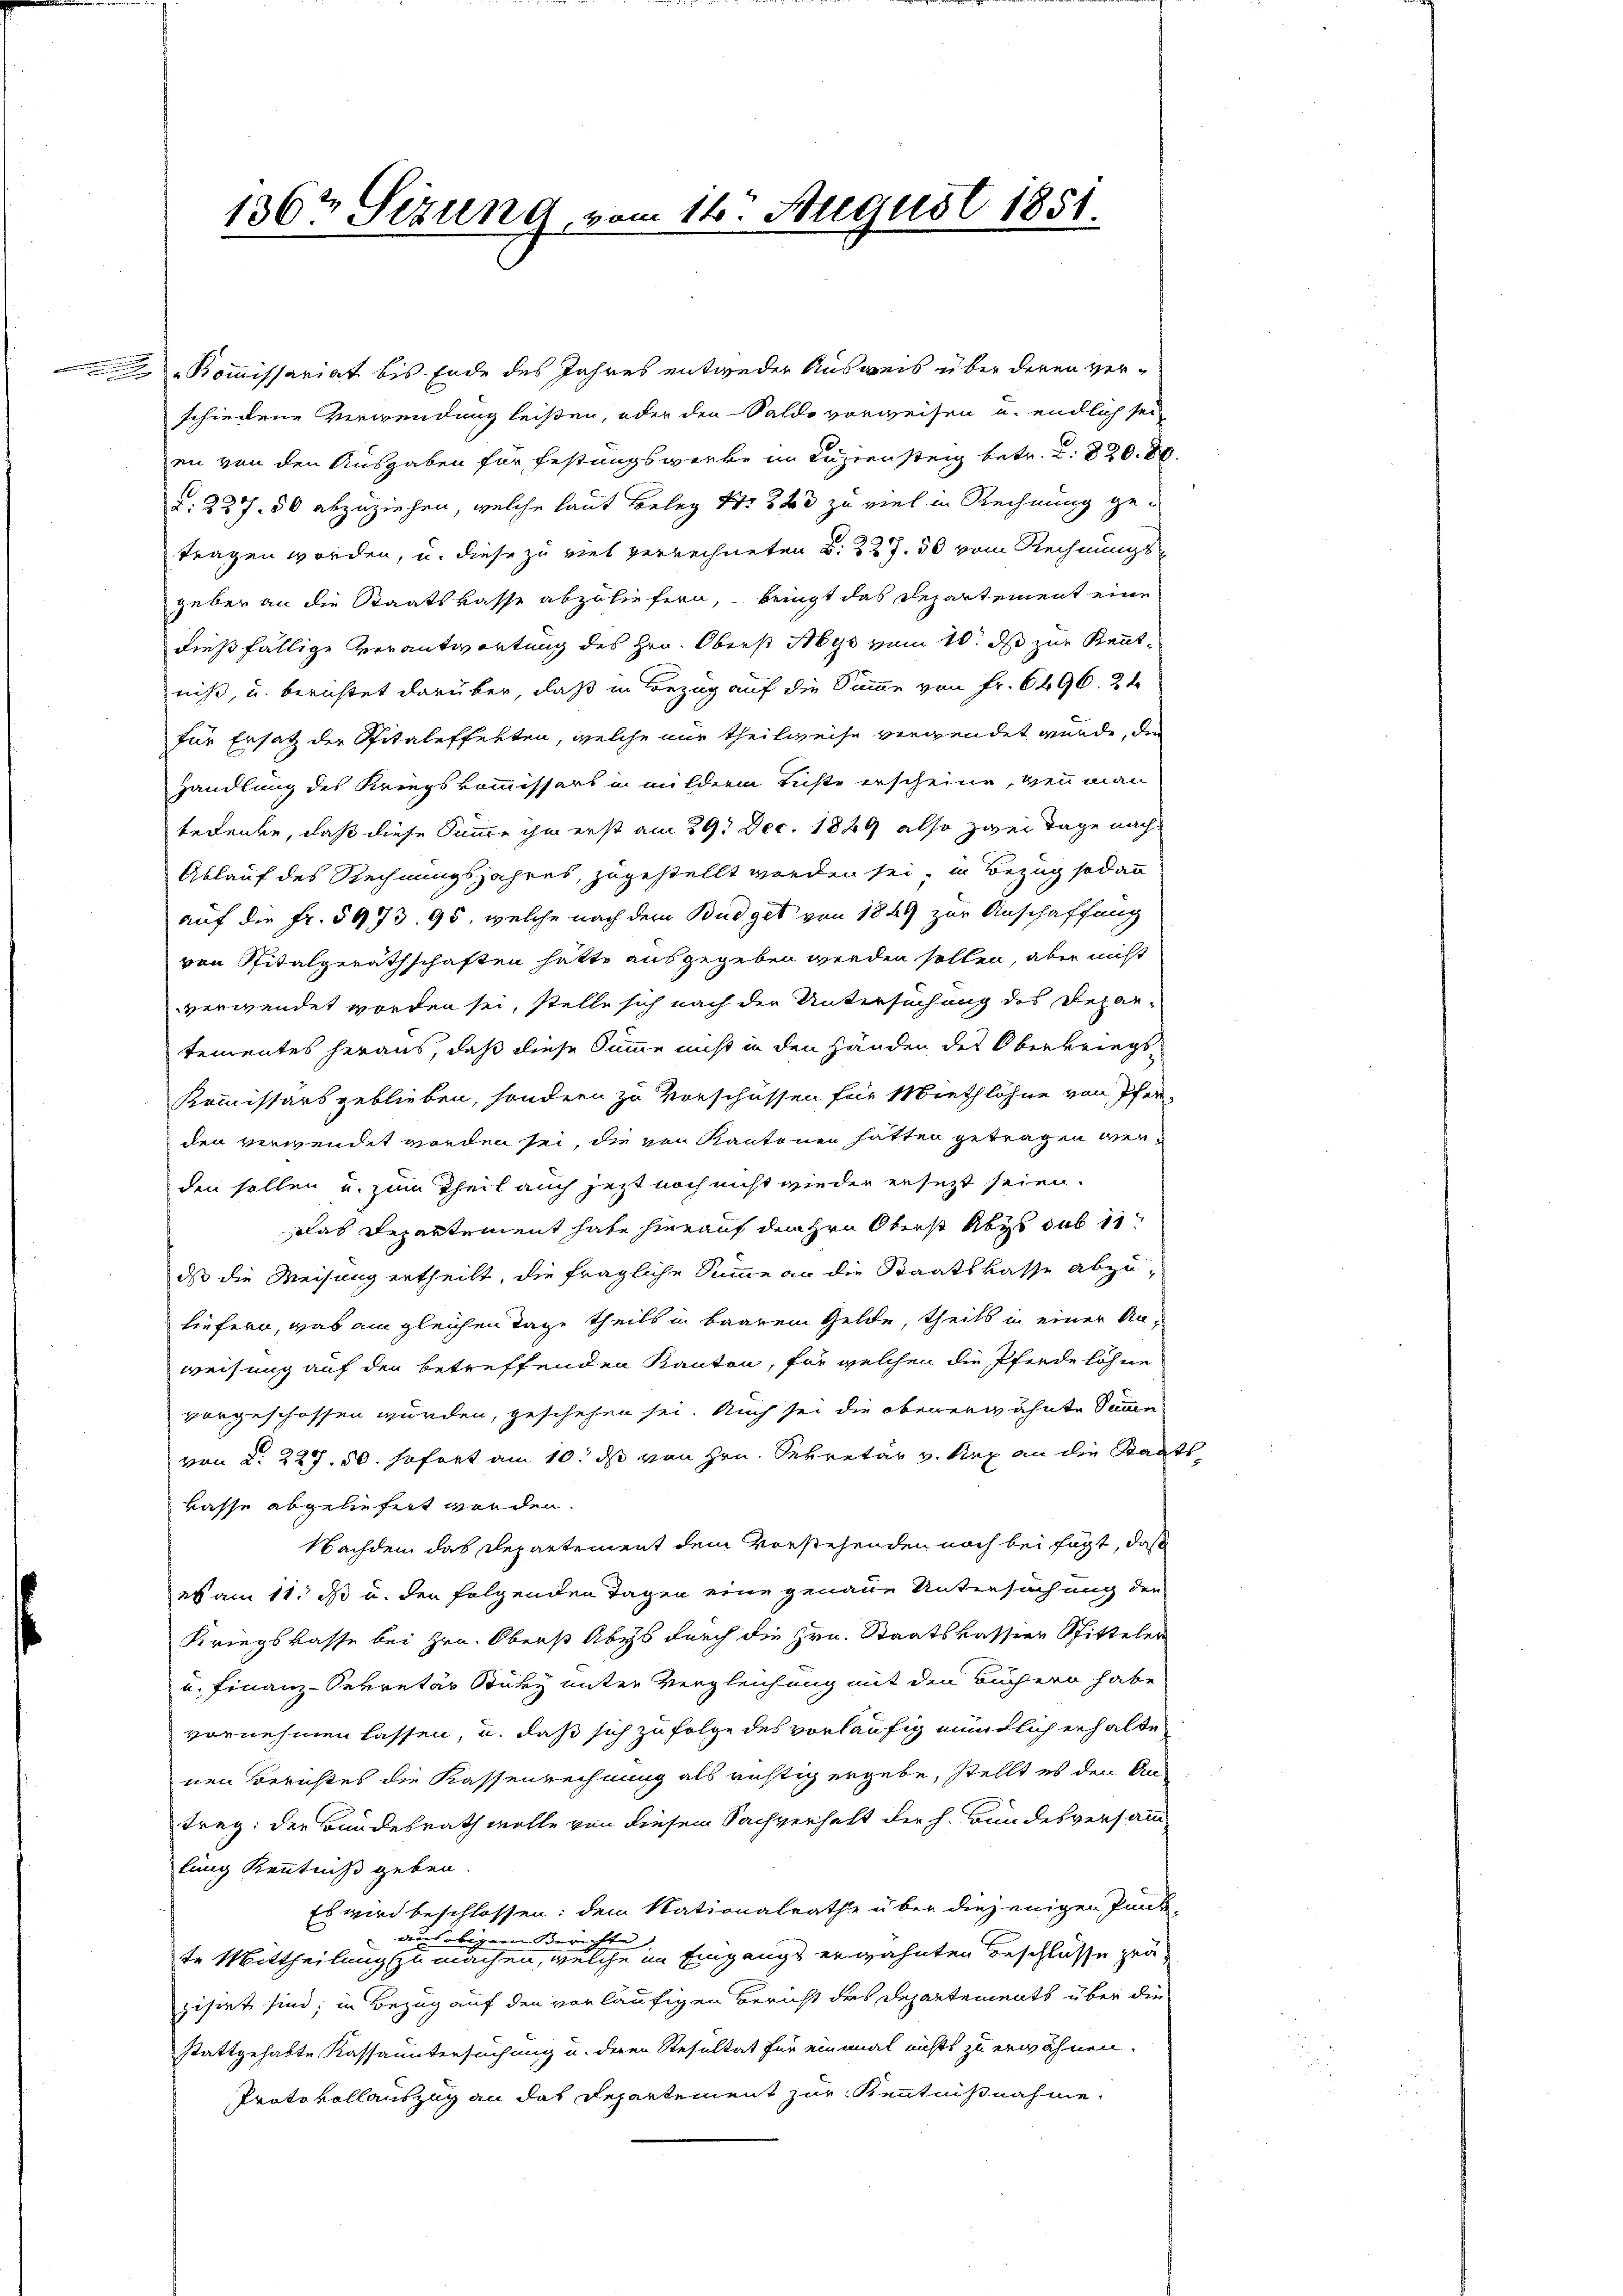
136t Sizung, vom 16. August 1851.

Kommissariat bis Ende des Jahres entweder Ausweis über deren verschiedene Verwendung leisten, oder den Saldo vorweisen u. endlich sei
en von den Ausgaben für Festungswerke im Laziensteig betr. d. 220. 8.
a: 227. 50 abzuziehen, welche laut Beleg No 263 zu viel in Rechnung getragen worden, u. diese zu viel verrechneten d. 227. 50 vom Rechnungs
geber an die Staatskasse abzuliefern, bringt das Departement eine
dießfällige Verantwortung des Hrn. Oberst Abys vom 10. ds zur Kenntniß, u. berichtet darüber, daß in Bezug auf die Summe von Fr. 6496. 24
für Ersatz der Spitaleffekten, welche nur theilweise vergendet wurde, die
Handlung des Kriegskommissors in mildern Richte erscheine, wenn man
bedenke, daß diese Summe ihm erst am 29. Dec. 1889 also zwei Tage nach
Ablauf des Rechnungsjahres, zugestellt werden sei, in Bezug sodann
auf die Fr. 5973. 95, welche nach dem Budget von 1849 zur Anschaffung
ven Spitalgeräthschaften hatte ausgegeben werden sollen, aber nicht
verwendet worden sei, stelle sich nach der Untersuchung des Depar-
tementes heraus, daß diese Summe nicht in den Händen des Oberkriegs¬
Kommissärs geblieben, sondern zu Vorschüssen für Miethlöhne von Pfer-
den verwendet worden sei, die von Kantonen hatten getragen werden sollen u. zum Theil auch jezt noch nicht wieder ersezt seien.
Das Repartement habe hierauf den Hrn Oberst Abys sub 11
dass die Weisung ertheilt, die fragliche Summe an die Staatskasse abzuliefern, was am gleichen Tage theils in baarem Gelde, theils in einer Anweisung auf den betreffenden Kanton, für welchen die Pferde löhne
vorgeschossen würden, geschehen sei. Auch sei die obenerwähnte Summe
von 2. 227. 50. sofort am 10. ds von Hrn. Sekretär v. Sep. an die Staat
kasse abgeliefert worden.
Nachdem das Departement dem Vorstehenden noch bei fügt, daß
es am 11. ds u. den folgenden Tagen eine genaue Untersuchung der
Kriegskasse bei Hrn. Oberst Abys durch die Hrn. Staatskassier Spittelen
u. Finanz-Sekretär Stüky unter Vergleichung mit den Büchern habe
vornehmen lassen, u. daß sich zu folge des vorläufig mündlich erhalte
nen Berichtes die Kassenrechnung als richtig ergebe, stellt es den An-
trag: der Bundesrath wolle von diesem Sachverhalt der h. Bundesversamm-
lung Kenntniß geben
Es wird beschlossen; dem Nationalrathe über diejenigen Punk-
we
ttu
übrigeren Zürich |
te Mittheilung zu machen, welche im Eingangs erwähnten Beschlüsse zeuzisirt sind; in Bezug auf den vorläufigen Bericht des Departements über die
stattgehabte Kassauntersuchung u. deren Resultat für einmal nichts zu erwähnen.
Protokollauszug an das Departement zur Kenntnißnahme

.